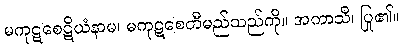
မကုဋစေဋိယံနာမ၊ မကုဋစေတီမည်သည်ကို။ အကာသိ၊ ပြု၏။